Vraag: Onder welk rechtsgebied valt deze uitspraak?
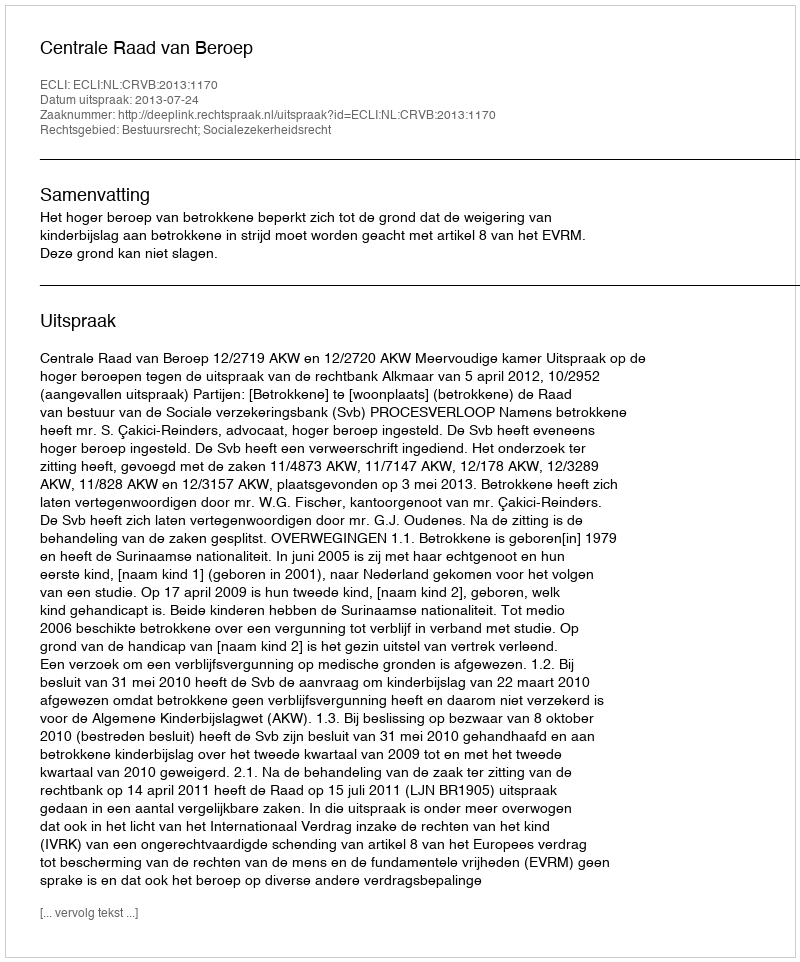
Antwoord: Bestuursrecht; Socialezekerheidsrecht